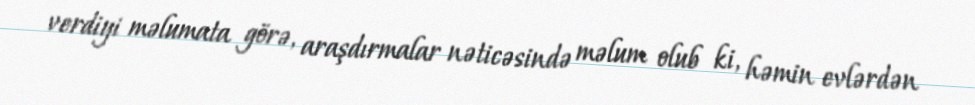
verdiyi məlumata görə, araşdırmalar nəticəsində məlum olub ki, həmin evlərdən